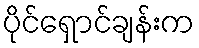
ပိုင်ရှောင်ချန်းက